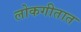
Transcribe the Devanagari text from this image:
लोकगीतात